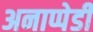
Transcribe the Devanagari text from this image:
अनाप्पेडी